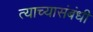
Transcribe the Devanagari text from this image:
त्याच्यासंबंधी